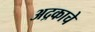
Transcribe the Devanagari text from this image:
अद्रकाचे